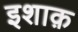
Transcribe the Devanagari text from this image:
इशाक़